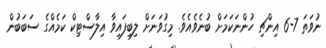
ނުވަތަ 7-6 އިންޗި ހުންނަކަމަށް ބުނެވެއެވެ. މިގުވަނަށް ލިބިފައިވާ އިލާސްޓިކް ކަމެއްގެ ސަބަބުން